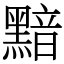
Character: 黯